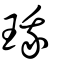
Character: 珴